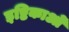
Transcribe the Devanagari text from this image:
इष्टिकाओं